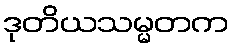
ဒုတိယသမ္မတက